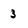
Character: 3